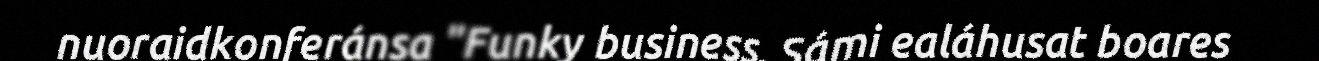
nuoraidkonferánsa "Funky business. Sámi ealáhusat boares